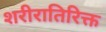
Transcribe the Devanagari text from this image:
शरीरातिरिक्त